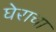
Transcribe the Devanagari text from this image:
घेराचा